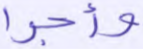
وأجرا